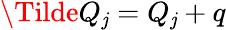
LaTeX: \Tilde{Q}_{\mathit{j}}=Q_{\mathit{j}}+q